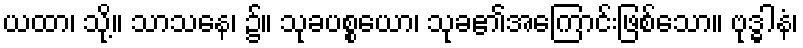
ယထာ၊ သို့။ သာသနေ၊ ၌။ သုခပစ္စယော၊ သုခ၏အကြောင်းဖြစ်သော။ ဗုဒ္ဓါနံ၊